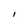
Character: I